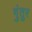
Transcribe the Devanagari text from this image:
गुंतुर